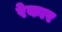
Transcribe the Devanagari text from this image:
रेकार